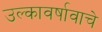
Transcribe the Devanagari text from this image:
उल्कावर्षावाचे